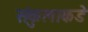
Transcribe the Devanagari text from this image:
संकुलाकडे